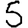
Digit: 5